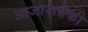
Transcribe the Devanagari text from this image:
आजारांपैकी